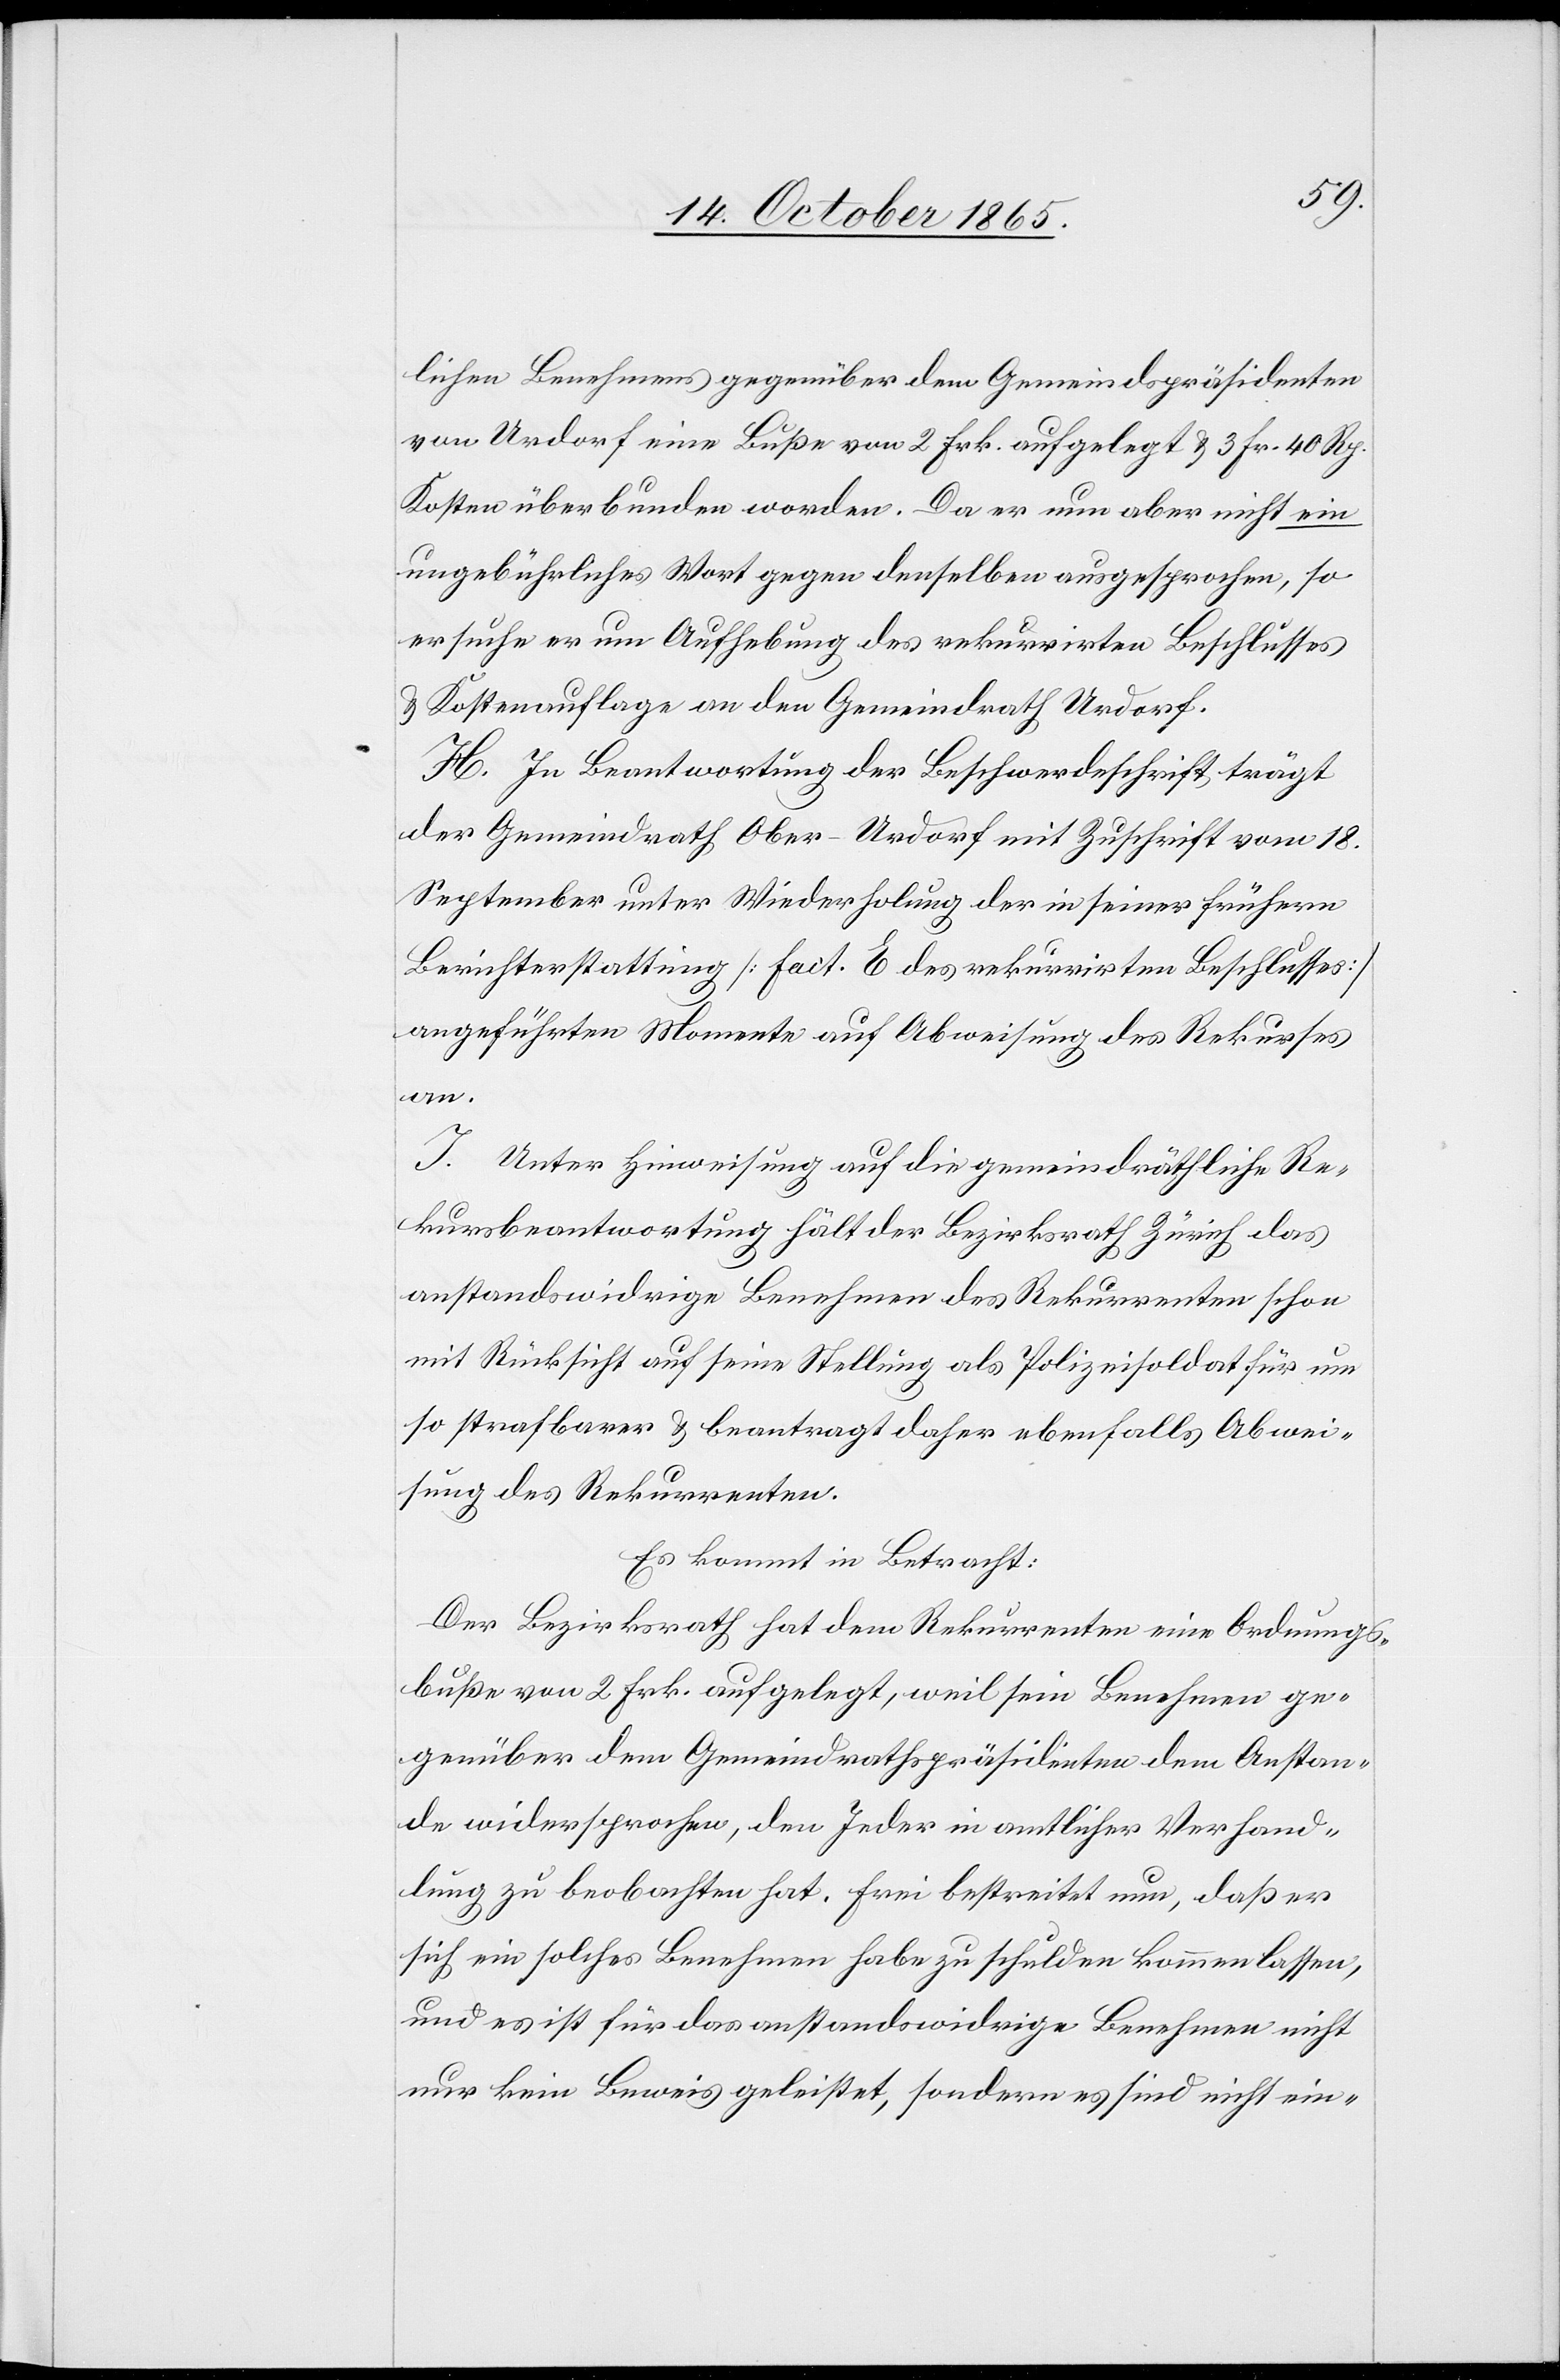
lichen Benehmens gegenüber dem Gemeindspräsidenten
von Urdorf eine Buße von 2 Frk. aufgelegt & 3 Fr. 40 Rp.
Kosten überbunden worden. Da er nun aber nicht ein
ungebührliches Wort gegen denselben ausgesprochen, so
ersuche er um Aufhebung des rekurrirten Beschlusses
& Kostenauflage an den Gemeindrath Urdorf.
H. In Beantwortung der Beschwerdeschrift trägt
der Gemeindrath Ober-Urdorf mit Zuschrift vom 18.
September unter Wiederholung der in seiner frühern
Berichterstattung [fact. E des rekurrirten Beschlusses]
angeführten Momente auf Abweisung des Rekurses
an.
I. Unter Hinweisung auf die gemeindräthliche Re¬
kursbeantwortung hält der Bezirksrath Zürich das
anstandswidrige Benehmen des Rekurrenten schon
mit Rücksicht auf seine Stellung als Polizeisoldat für um
so strafbarer & beantragt daher ebenfalls Abwei¬
sung des Rekurrenten.
Es kommt in Betracht:
Der Bezirksrath hat dem Rekurrenten eine Ordnungs¬
buße von 2 Frk. aufgelegt, weil sein Benehmen ge¬
genüber dem Gemeindrathspräsidenten dem Anstan¬
de widersprochen, den Jeder in amtlicher Verhand¬
lung zu beobachten hat. Frei bestreitet nun, daß er
sich ein solches Benehmen habe zu schulden kommen lassen,
und es ist für das anstandswidrige Benehmen nicht
nur kein Beweis geleistet, sondern es sind nicht ein-